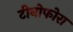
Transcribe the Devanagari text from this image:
टीनोफोरा